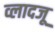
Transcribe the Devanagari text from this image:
व्लादजू